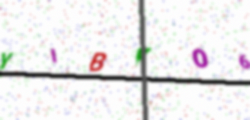
Text: YIBKO6